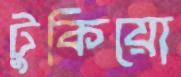
টুকিয়ো